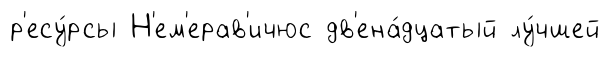
р'есу́рсы Н'ем'ерав'ичюс дв'ена́дцатый лу́чшей